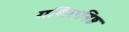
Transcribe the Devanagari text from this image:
गणितनिष्ठ